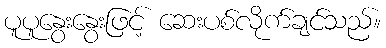
ပူပူနွေးနွေးဖြင့် ဆေးပစ်လိုက်ချင်သည်။